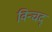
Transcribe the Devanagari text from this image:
विन्चद्